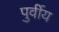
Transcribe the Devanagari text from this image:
पुर्वीय